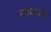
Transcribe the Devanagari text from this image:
सावव्या